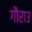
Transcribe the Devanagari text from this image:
गौराउ